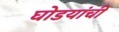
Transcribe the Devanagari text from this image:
घोडयांची